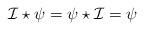
LaTeX: \begin{align*}{\cal I} \star \psi = \psi \star {\cal I} = \psi\end{align*}